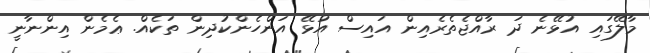
މާލޭގައި އުޅޭނެ ދަ ރާއްޖެތެރެއިން އައިސް އުޅޭ އަންހެންކުދިން ތަކެއް. ޢެމެން އިންނާނީ